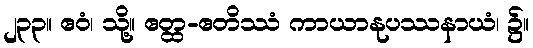
၂၃၃။ ဧဝံ၊ သို့။ ဧတ္ထ-ဧတိဿံ ကာယာနုပဿနာယံ၊ ၌။